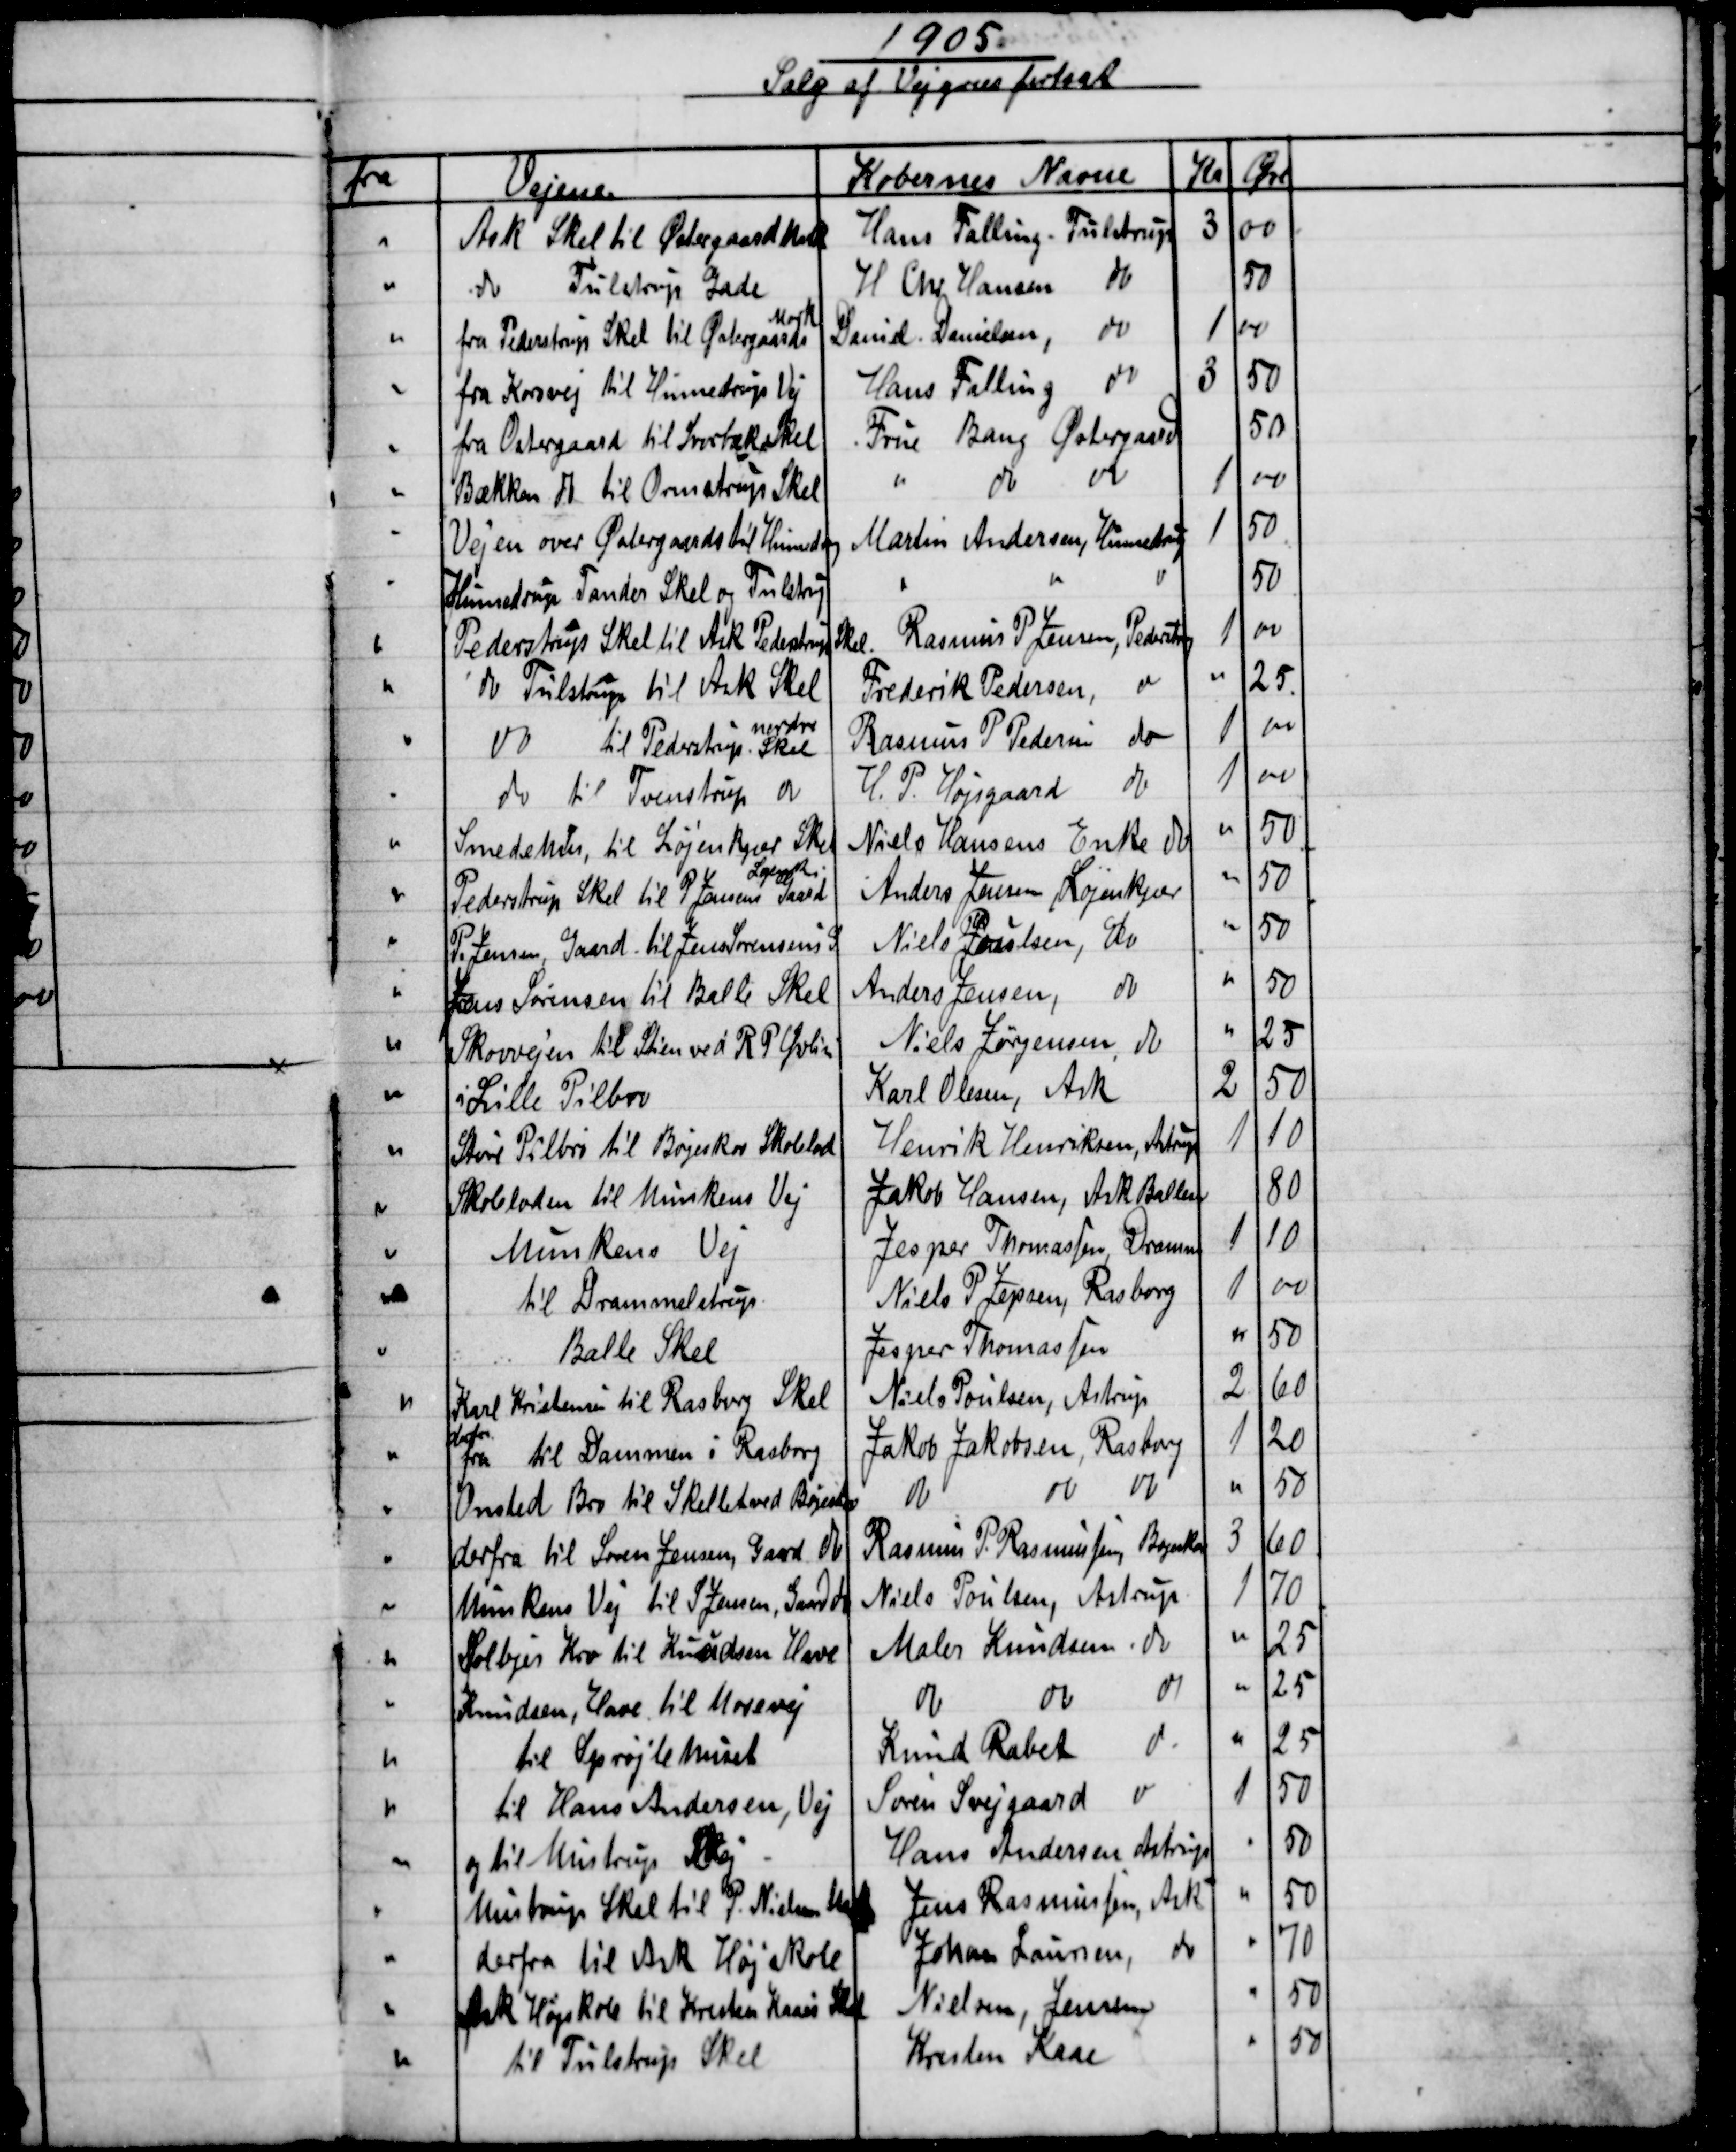
Transskription:
1905
Salg af Vejgræs fortsat
fra
Vejene
Købernes Navne
Kr
Øre
Ask Skel til Østergaard Mark
Hans Falling. Tulstrup
3
00
do Tulstrup Gade
H Chr Hansen 
do
50
fra Pederstrup Skel til Østergaards
Mark
David Danielsen,
do
1
00
fra Korsvej til Hinnedrup Vej
Hans Falling
do
3
50
fra Østergaard til Svorbæk Skel
Frue Bang Østergaard
50
Bækken do til Ormstrup Skel
do
do
1
00
Vejen over Østergaards til Hinnedrup
Martin Andersen, Hinnedrup
1
50
Hinnedrup Tander Skel og Tulstrup
do
do
50
Pederstrup Skel til Ask Pederstrup Skel.
Rasmus P Jensen, Pederstrup
1
00
do Tulstrup til Ask Skel
Frederik Pedersen
do
25
do 
til Pederstrup  
nordre
Skel
Rasmus P Pedersen do
1
00
do til Svenstrup do
H. P. Højsgaard do
1
00
Smedehus, til Løjenkjær Skel
Niels Hansens Enke do
50
Pederstrup Skel til P Jensens Gaard
Løjenkær
Anders Jensen, Løjenkjær
50
P. Jensen Gaard. til Jens Sørensens G
Niels Poulsen, do
50
Jens Sørensen til Balle Skel
Anders Jensen, 
do
50
Skovvejen til Stien ved R P Øvlisen
Niels Jørgensen, do
25
i Lille Pilbro
Karl Olesen, Ask
2
50
Store Pilbro til Bøgeskov Skolelod
Henrik Henriksen, Astrup
1
10
Skoleloden til Munkens Vej
Jakob Hansen, Ask Ballen
80
Munkens Vej
Jesper Thomassen Dramm
1
10
til Drammelstrup
Niels P Jepsen, Rasborg
1
00
Balle Skel
Jesper Thomassen
50
Karl Kristensen til Rasberg Skel
Niels Poulsen, Astrup
2
60
derfra
fra til Dammen i Rasborg
Jakob Jakobsen, Rasborg
1
20
Onsted Bro til Skellet ved Bøgeskov
do
do  
do  
50
derfra til Søren Jensen, Gaard  do
Rasmus P. Rasmussens Bøgeskov
3
60
Munkens Vej til S Jensen, Gaard do
Niels Poulsen, Astrup
1
70
Solbjer Kro til Knudsen Have
Maler Knudsen. do
25
Knudsen, Have til Mosevej
do
do
do
25
til Sprøjtehuset
Knud Rabek  
do
25
til Hans Andersen, Vej
Søren Svejgaard
do
1
50
og til Mustrup Vej
Hans Andersen Astrup
50
Mustrup Skel til P. Nielsen Mark
Jens Rasmussen, Ask
50
derfra til Ask Højskole
Johan Laursen
do
70
Ask Højskole til Kresten Kaaes Skel
Nielsen, Jensen
50
til Tulstrup Skel
Kresten Kaae
50